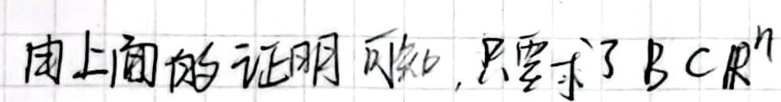
由上面的证明可知，只要求了\(BCR^{n}\)